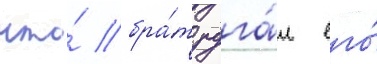
что́ бра́т руга́л его́